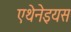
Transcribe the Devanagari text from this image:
एथेनेइयस